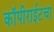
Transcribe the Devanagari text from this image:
कॉपीराईटचा